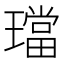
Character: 璫